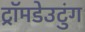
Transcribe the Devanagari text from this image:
ट्रॉमडेउटुंग